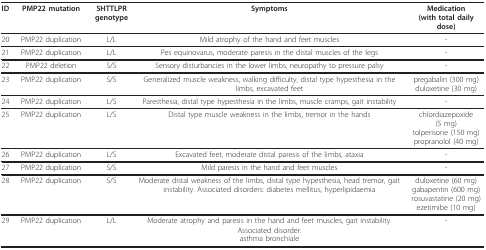
<table><thead><tr><td><b>ID</b></td><td><b>PMP22 mutation</b></td><td><b>5HTTLPR genotype</b></td><td><b>Symptoms</b></td><td><b>Medication(with total daily dose)</b></td></tr></thead><tbody><tr><td>20</td><td>PMP22 duplication</td><td>L/L</td><td>Mild atrophy of the hand and feet muscles</td><td>-</td></tr><tr><td>21</td><td>PMP22 duplication</td><td>L/L</td><td>Pes equinovarus, moderate paresis in the distal muscles of the legs</td><td>-</td></tr><tr><td>22</td><td>PMP22 deletion</td><td>S/S</td><td>Sensory disturbancies in the lower limbs, neuropathy to pressure palsy</td><td>-</td></tr><tr><td>23</td><td>PMP22 duplication</td><td>S/S</td><td>Generalized muscle weakness, walking difficulty, distal type hypesthesia in the limbs, excavated feet</td><td>pregabalin (300 mg)duloxetine (30 mg)</td></tr><tr><td>24</td><td>PMP22 duplication</td><td>L/S</td><td>Paresthesia, distal type hypesthesia in the limbs, muscle cramps, gait instability</td><td>-</td></tr><tr><td>25</td><td>PMP22 duplication</td><td>L/S</td><td>Distal type muscle weakness in the limbs, tremor in the hands</td><td>chlordiazepoxide(5 mg)tolperisone (150 mg)propranolol (40 mg)</td></tr><tr><td>26</td><td>PMP22 duplication</td><td>L/S</td><td>Excavated feet, moderate distal paresis of the limbs, ataxia</td><td>-</td></tr><tr><td>27</td><td>PMP22 duplication</td><td>S/S</td><td>Mild paresis in the hand and feet muscles</td><td>-</td></tr><tr><td>28</td><td>PMP22 duplication</td><td>S/S</td><td>Moderate distal weakness of the limbs, distal type hypesthesia, head tremor, gait instability. Associated disorders: diabetes mellitus, hyperlipidaemia</td><td>duloxetine (60 mg)gabapentin (600 mg) rosuvastatine (20 mg)ezetimibe (10 mg)</td></tr><tr><td>29</td><td>PMP22 duplication</td><td>L/L</td><td>Moderate atrophy and paresis in the hand and feet muscles, gait instability. Associated disorder:asthma bronchiale</td><td>-</td></tr></tbody></table>